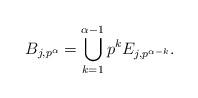
LaTeX: \begin{align*}B_{j,p^{\alpha}}= \bigcup_{k=1}^{\alpha-1}p^k E_{j,p^{\alpha-k}}.\end{align*}